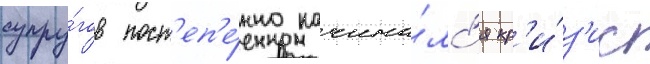
супру́гов пост'еп'е́нно начина́лс'я кр'и́з'ис